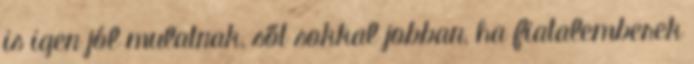
is igen jól mulatnak, sőt sokkal jobban, ha fiatalemberek